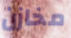
مخازن